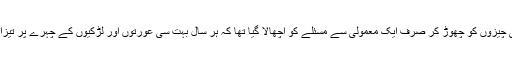
پہلے شرمین عبید چنائے کی فلم آئی جس میں پاکستان کی سو اچھی چیزوں کو چھوڑ کر صرف ایک معمولی سے مسئلے کو اچھالا گیا تھا کہ ہر سال بہت سی عورتوں اور لڑکیوں کے چہرے پر تیزاب پھینک کر ان کو زندگی بھر کے لیے بدصورت بنا دیا جاتا تھا۔